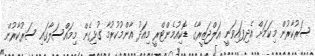
ސަރުކާރުން މިކަމަށް އެދިފައިވަނީ އަލްޖަޒީރާގެ ޑޮކިއުމެންޓްރީ މިއަދު އާންމުކުރުމާ ގުޅިގެން މިމައްސަލާގައި ސަރުކާރުން